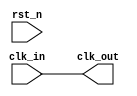
module DLL (
    input wire clk_in,        // Input clock
    input wire rst_n,         // Active low reset
    output wire clk_out       // Output clock
);

    // Parameters for the DLL
    parameter NUM_DELAY_ELEMENTS = 4; // Number of delay elements
    parameter DELAY_STEP = 1;          // Delay step size

    // Internal signals
    reg [NUM_DELAY_ELEMENTS-1:0] delay_elements; // Delay element control
    wire clk_feedback;                     // Feedback clock
    wire error_signal;                     // Error signal from phase detector
    wire control_voltage;                  // Control voltage from loop filter

    // Phase Detector (PD)
    always @(posedge clk_in or negedge rst_n) begin
        if (!rst_n) begin
            // Reset logic
            error_signal <= 1'b0; // Initialize error signal
        end else begin
            // Phase comparison logic
            if (clk_feedback) begin
                error_signal <= 1'b1; // Feedback clock is leading
            end else if (!clk_feedback) begin
                error_signal <= 1'b0; // Feedback clock is lagging
            end
        end
    end

    // Loop Filter (LF)
    always @(posedge clk_in or negedge rst_n) begin
        if (!rst_n) begin
            control_voltage <= 1'b0; // Initialize control voltage
        end else begin
            // Simple low-pass filter to smooth error signal
            control_voltage <= control_voltage + (error_signal ? DELAY_STEP : -DELAY_STEP);
        end
    end

    // Voltage-Controlled Delay Line (VCDL)
    always @(posedge clk_in or negedge rst_n) begin
        if (!rst_n) begin
            delay_elements <= 4'b0000; // Initialize delay elements
        end else begin
            // Adjust delay based on control voltage
            if (control_voltage > 0) begin
                delay_elements <= delay_elements + 1'b1;
            end else if (control_voltage < 0) begin
                delay_elements <= delay_elements - 1'b1;
            end
        end
    end

    // Generate feedback clock based on delay elements
    assign clk_feedback = clk_in; // This would be delayed based on delay_elements in practice

    // Output Clock Buffer
    assign clk_out = clk_feedback; // Buffering the output clock

endmodule